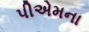
પીએમના